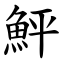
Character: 鮃